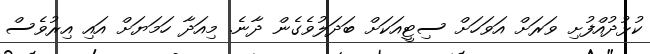
ކުޅުދުއްފުށި ވަރަށް އަވަހަށް ސިޓީއަކަށް ބަދަލުވެގެން ދާނެ. މިއަދާ ހަމަޔަށް އައި އިރުވެސް